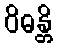
ဝိဓန္တိ